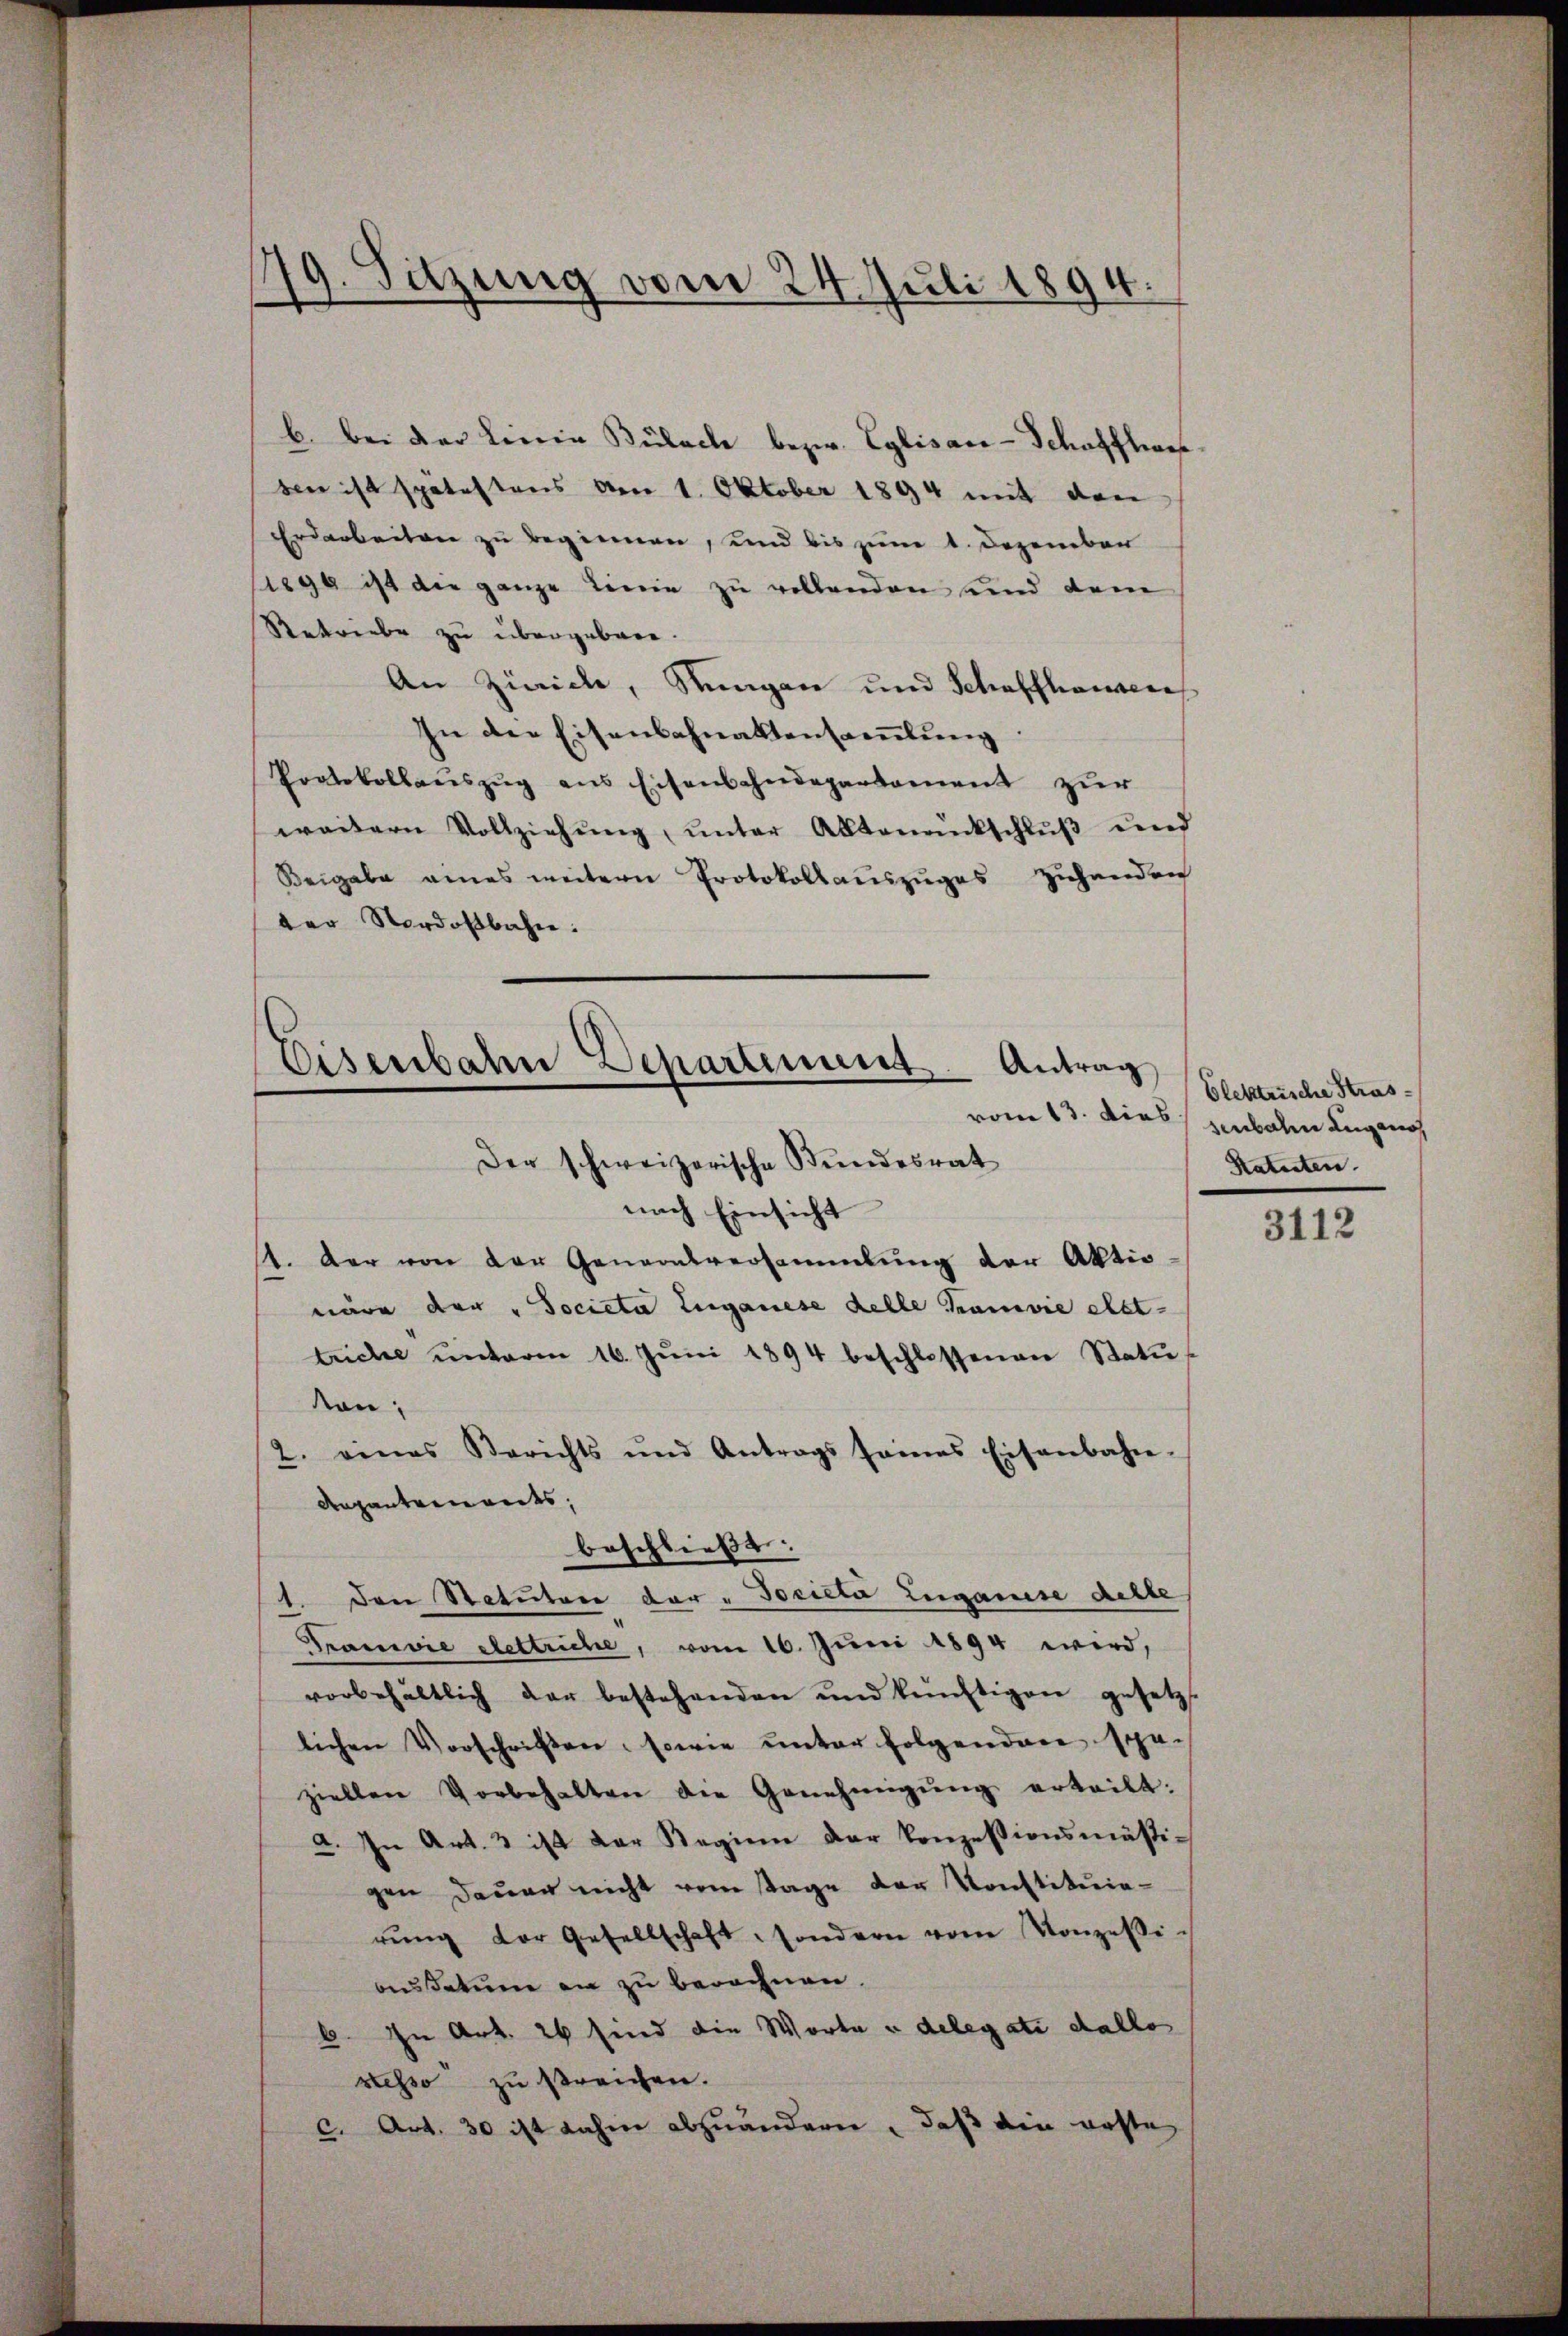
19. Sitzung vom 24. Juli 1894.

b. bei der Leinen Bülach bezw. Eglisan-Schaffhe
ben ist spätestens am 1. Oktober 1894 mit den
Erdarbeiten zu beginnen, und bis zum 1. Dezember
/1890 ist die ganze Linie zu vollenden und dem
Retriebe zu übergebene.
An Zürich, Stungen und Schaffhausen,
In der Eisenbahnaktensamlung
Protokollauszug aus Eisenbahndepartament zur
weitern Vollziehŭng ŭnter Aktenantschlŭβ ŭnd
Beigabe eines weitern Protokollauszuges zuhanden
der Nordostbahn.
Der schweizerische Bundesrat
nach Einsicht
st. Der von der Generalversammlung der Aktio
näre der "Societa Luganese Kelle Kramvie elet-
triche ŭnterm 16. Jŭni 1894 beschlossenen Statu
don
2. eines Berichts und Antrags seines Eisenbahn-
Aepantements,
beschließt.
1. Den Notutore der "Tocieta Zuganise dette
Traniie Klettriche, vom 16. Juni 1894 wird,
vorbehältlich der bestehenden und künftigen gesetzt
lichen Vorschriften, sowie ŭnter folgenden spä-
ziellen Vorbehalten die Genehmigŭng erteilt.
a. In Art. 3 ist der Regien der konzessionsmäßi-
gen dauer nicht vom Tage der Konstituierŭng der Gesellschaft, sondern vom Konzessi-
audatum an zu berechnen.
6. In Art. 26 sind die Worte u delegati dallo
stesso zu streichen.
c. Art. 30 ist dahin abzuänderer, daß die erste

Eisenbahn Departement. Antrag

Elektrische Strasvom 13. Dieb senbahn augeno
Katasten.

3112